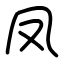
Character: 凤